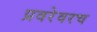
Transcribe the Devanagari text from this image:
प्रवरेवरच